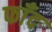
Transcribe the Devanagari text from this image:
फाँद